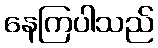
နေကြပါသည်